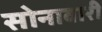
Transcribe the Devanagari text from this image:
सोनावारी